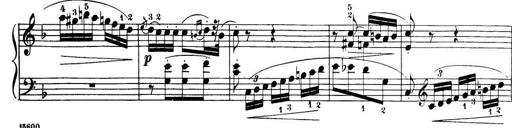
Title: 32 Sonatinas and Rondos for the Piano
Composer: Richard Kleinmichel